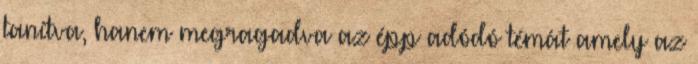
tanítva, hanem megragadva az épp adódó témát amely az